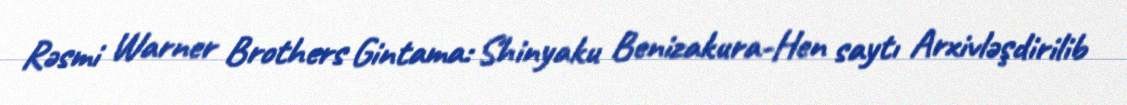
Rəsmi Warner Brothers Gintama: Shinyaku Benizakura-Hen saytı Arxivləşdirilib